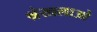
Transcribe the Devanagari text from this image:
श्रंखलाओ